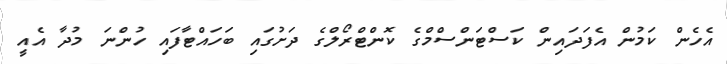
އެހެން ކަމުން އެފަދައިން ކަސްޓަންސްމްގެ ކޮންޓްރޯލްގެ ދަށުގައި ބަހައްޓާފައި ހުންނަ މުދާ އެއީ